Lunatic asylums in Bengal annual reports 1899-1911 - 1899-1911
Year: 1899
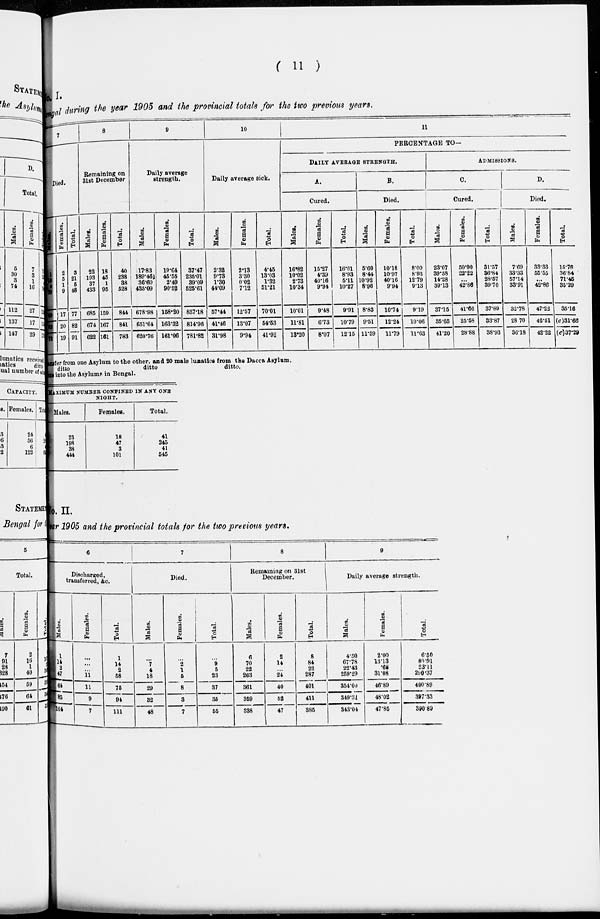
( 11 )
o. I.
engal during the year 1905 and the provincial totals for the two previous years.
7
Died.
Males.
1
16
4
39
60
62
72
Females.
2
5
1
9
17
20
19
Total.
3
21
5
48
77
82
91
8
Remaining on
31st December
Males.
22
193
37
433
685
674
622
Females.
18
45
1
95
159
167
161
Total.
40
238
38
528
844
841
783
9
Daily average
strength.
Males.
17.83
189.46
36.60
435.09
678.98
651.64
620.76
Females.
19.64
45.55
2.49
90.52
158.20
163.32
161.06
Total.
37.47
235.01
39.09
525.61
837.18
814.96
781.82
10
Daily average sick.
Males.
2.32
9.73
1.30
44.09
57.44
41.46
31.98
Females.
2.13
3.30
0.02
7.12
12.57
13.07
9.94
Total.
4.45
13.03
1.32
51.21
70.01
54.53
41.92
11
PERCENTAGE TO.
DAILY
AVERAGE
STRENGTH.
A.
Cured.
Males.
16.82
10.02
2.73
10.34
10.01
11.81
13.20
Females.
15.27
4.39
40.16
9.94
9.48
6.73
8.07
Total.
16.01
8.93
5.11
10.27
9.91
10.79
12.15
B.
Died.
Males.
5.60
8.44
10.92
8.96
8.83
9.51
11.59
Females.
10.18
10.97
40.16
9.94
10.74
12.24
11.79
Total.
8.00
8.93
12.79
9.13
9.19
10.06
11.63
ADMISSIONS.
C.
Cured.
Males.
23.07
39.68
14.28
39.13
37.15
35.65
41.20
Females.
50.00
22.22
...
42.86
41.66
25.58
28.88
Total.
31.57
36.84
28.57
39.70
37.89
33.87
38.93
D.
Died.
Males.
7.69
33.33
57.14
33.91
32.78
28.70
36.18
Females.
33.33
55.55
...
42.86
47.22
46.51
42.22
Total.
15.78
36.84
71.45
35.29
35.16
(c)31.66
(c)37.29
ansfer from one Asylum to the other. and 20 male lunatics from the Dacca Asylum.
ditto
ditto
ditto.
ons into the Asylum. in Bengal.
MAXIMUM NUMBER CONFINED IN ANY ONE
NIGHT.
Males.
23
198
38
444
Females.
18
47
3
101
Total.
41
245
41
545
No. II.
ear 1905 and the provincial totals for the two previous years.
6
Discharged,
transferred, &c.
Males.
1
14
2
47
64
85
104
Females.
...
...
...
11
11
9
7
Total.
1
14
2
58
75
94
111
7
Died.
Males.
...
7
4
18
29
32
48
Females.
...
2
1
5
8
3
7
Total.
...
9
5
23
37
35
55
8
Remaining on 31st
December.
Males.
6
70
22
263
361
359
338
Females.
2
14
...
24
40
52
47
Total.
8
84
22
287
401
411
385
9
Daily average strength.
Males.
4.50
67.78
22.43
259.29
354.00
349.31
343.04
Females.
2.00
13.13
.68
31.08
46.89
48.02
47.85
Total.
6.50
80.91
23.11
290.37
400.89
397.33
390.89